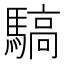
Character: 䮦